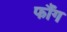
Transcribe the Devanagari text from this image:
फौंग